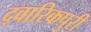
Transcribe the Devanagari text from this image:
द्वारिकपुरी